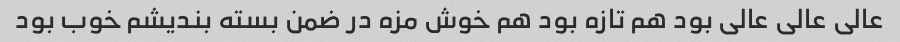
عالی عالی عالی بود هم تازه بود هم خوش مزه در ضمن بسته بندیشم خوب بود